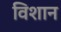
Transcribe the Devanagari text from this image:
विशान